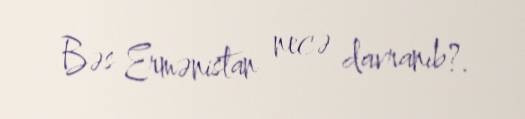
Bəs Ermənistan necə davranıb?.